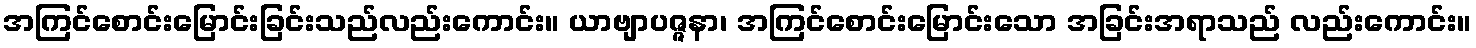
အကြင်စောင်းမြောင်းခြင်းသည်လည်းကောင်း။ ယာဗျာပဇ္ဇနာ၊ အကြင်စောင်းမြောင်းသော အခြင်းအရာသည် လည်းကောင်း။